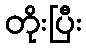
တိုးပြီး